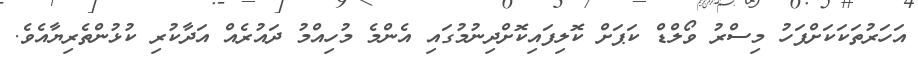
އަހަރުތަކަކަށްފަހު މިސްރު ވޯލްޑް ކަޕަށް ކޮލިފައިކޮށްދިނުމުގައި އެންމެ މުހިއްމު ދައުރެއް އަދާކުރި ކުޅުންތެރިޔާއެވެ.